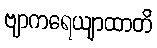
ဗျာကရေယျာထာတိ